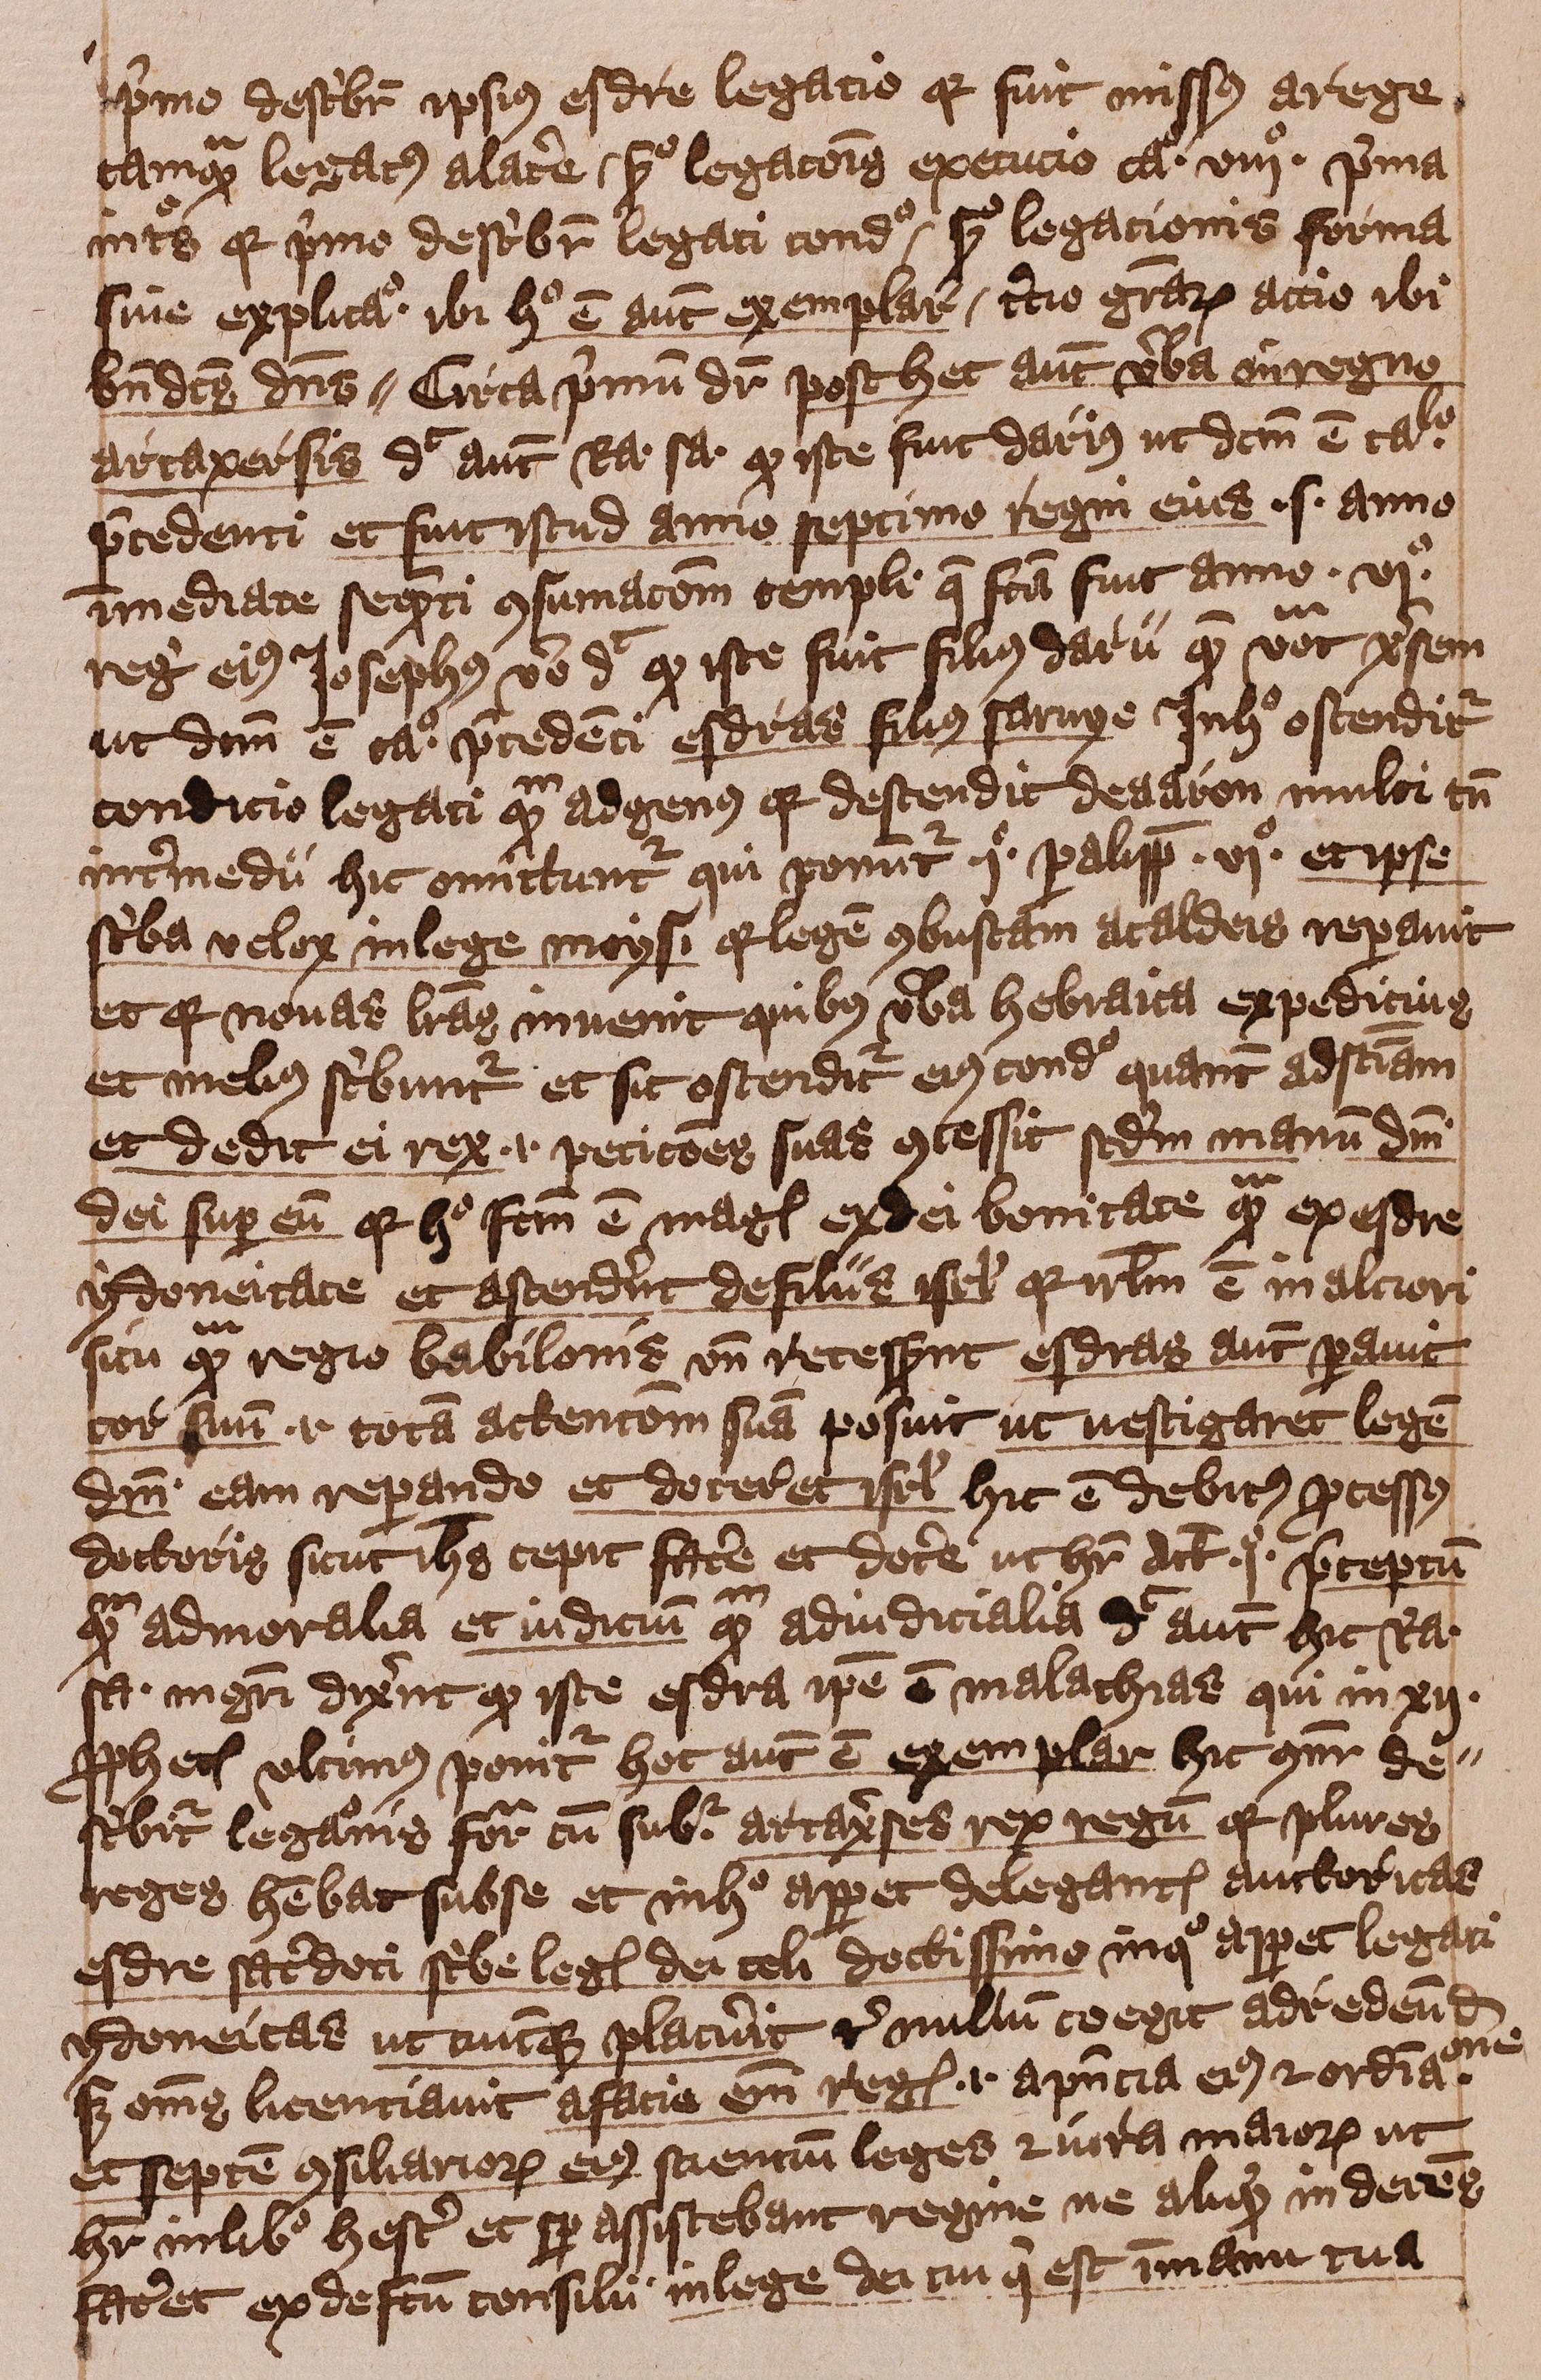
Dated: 1401–1401